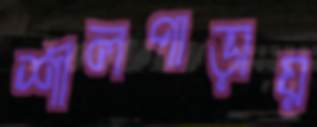
শীলপাড়ায়